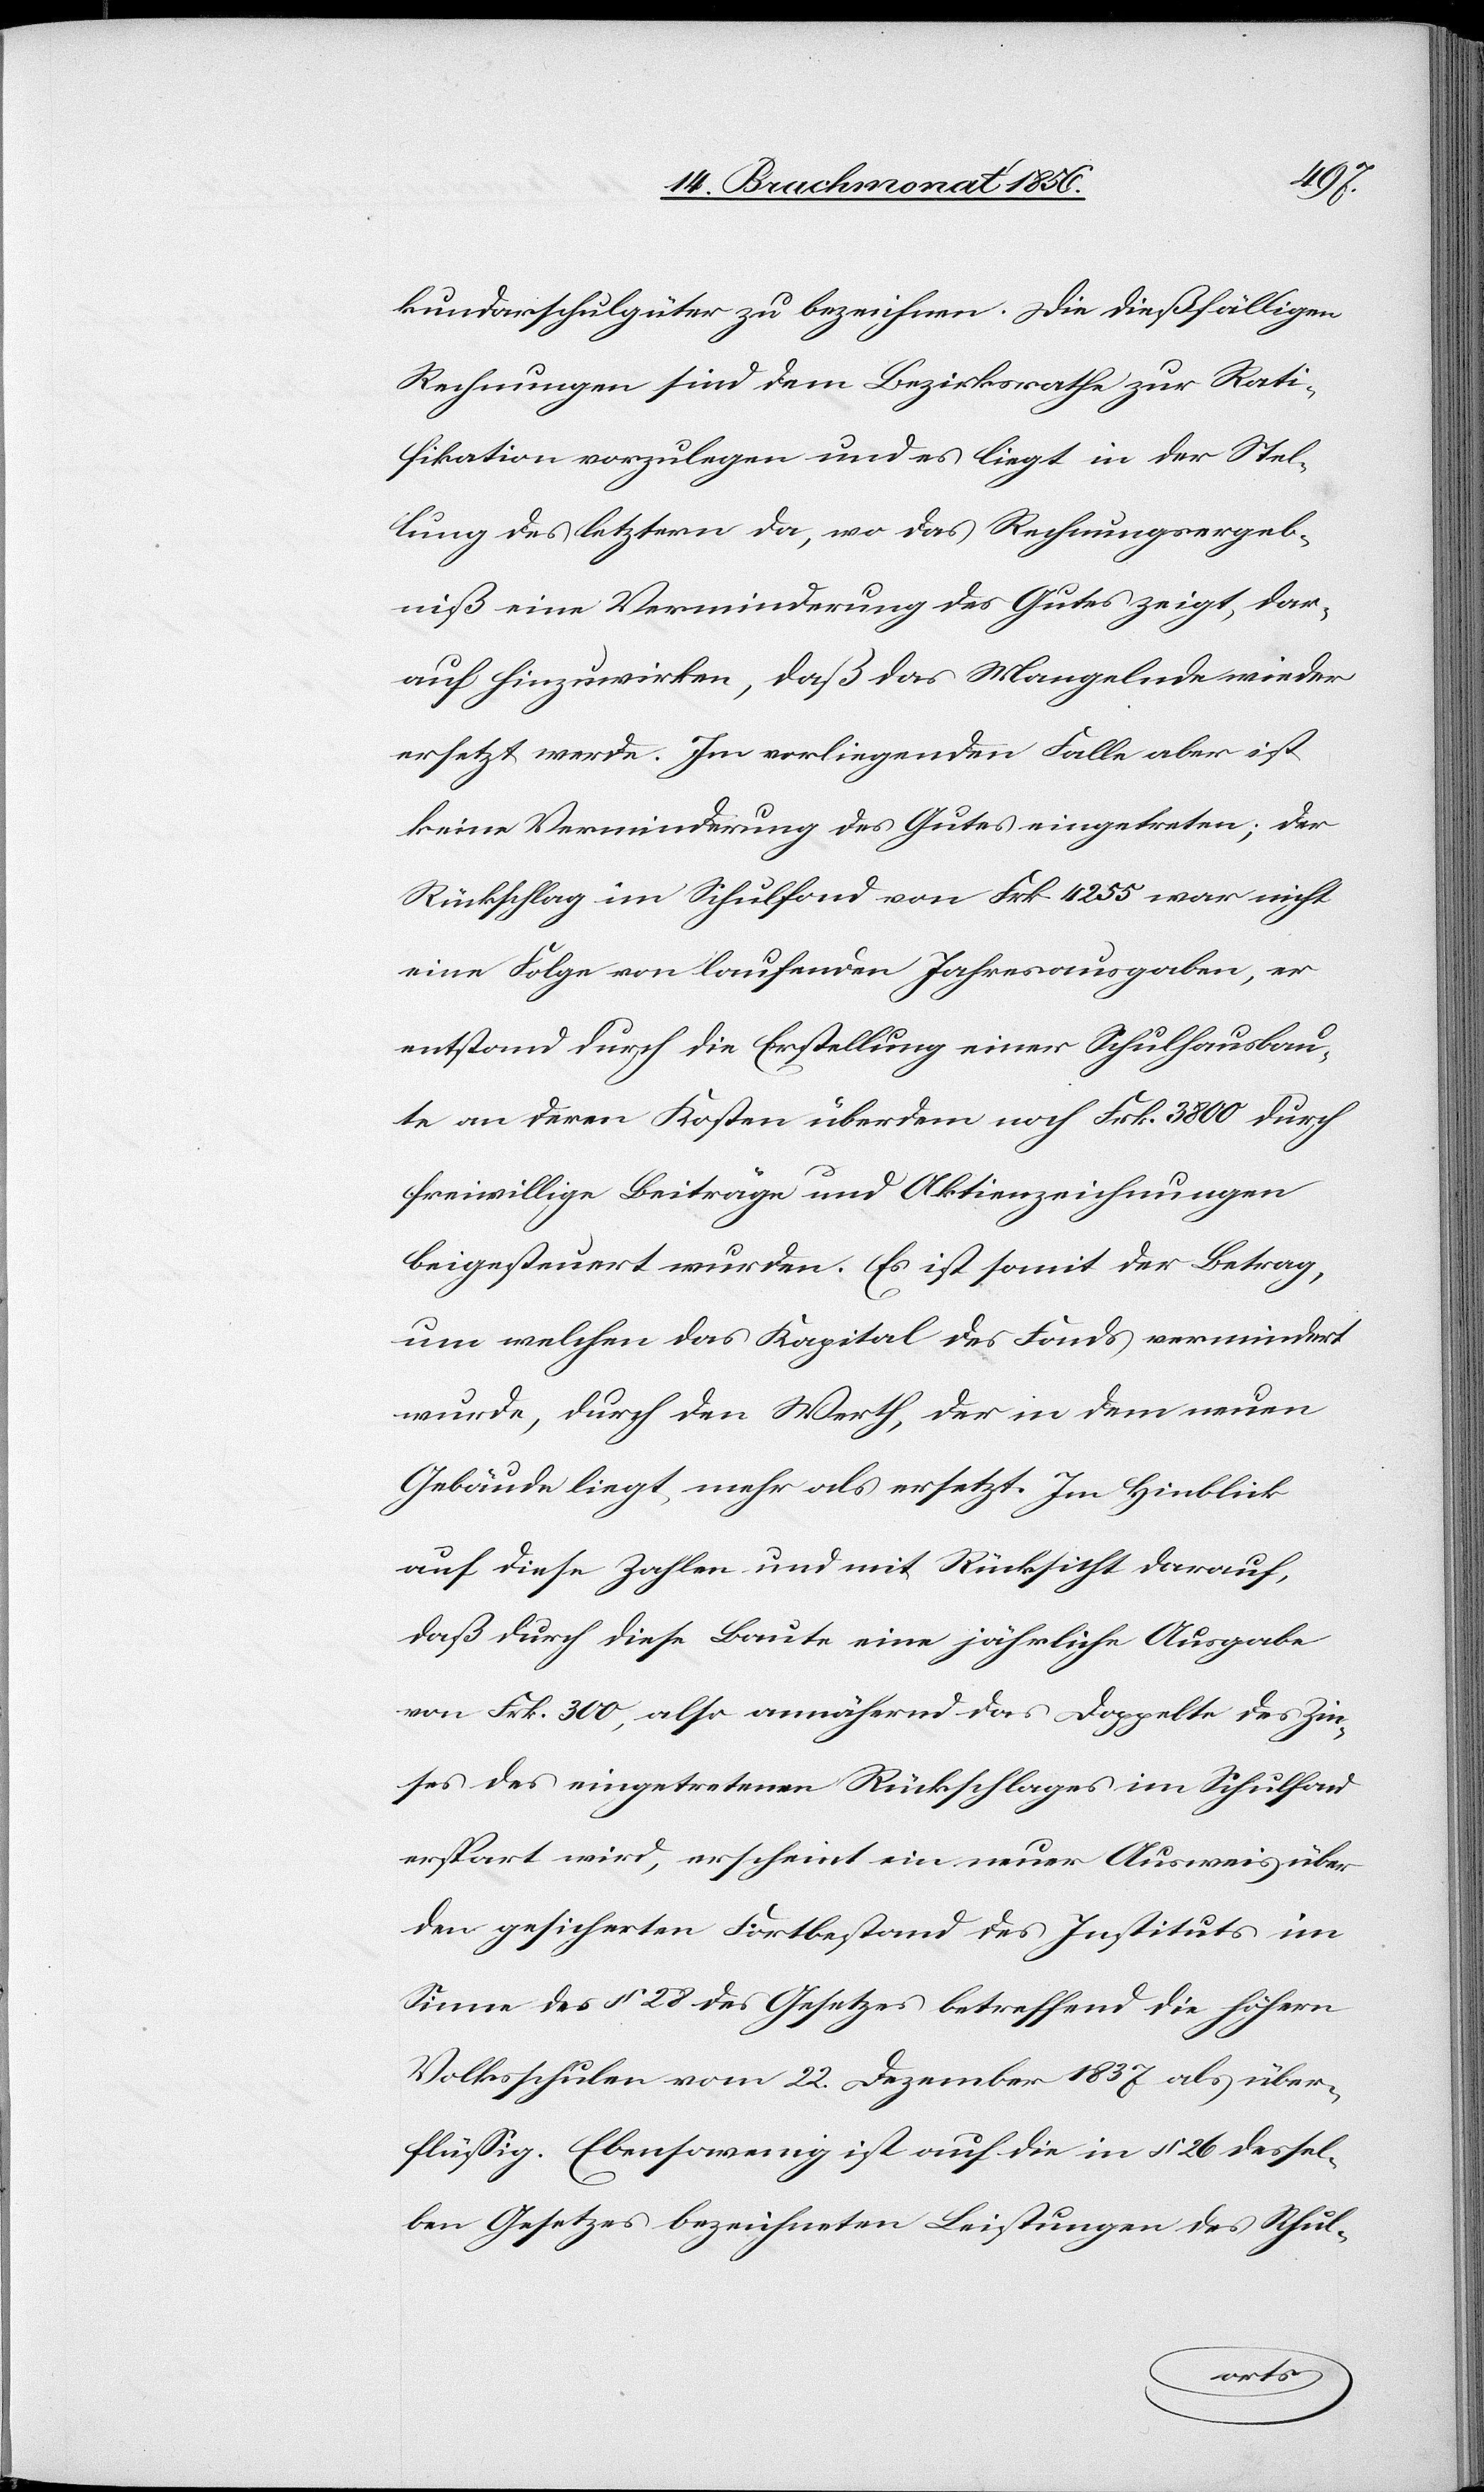
kundarschulgüter zu bezeichnen. Die dießfälligen
Rechnungen sind dem Bezirksrathe zur Rati¬
fikation vorzulegen und es liegt in der Stel¬
lung des letztern da, wo das Rechnungsergeb¬
niß eine Verminderung des Gutes zeigt, dar¬
auf hinzuwirken, daß das Mangelnde wieder
ersetzt werde. Im vorliegenden Falle aber ist
keine Verminderung des Gutes eingetreten; der
Rückschlag im Schulfond von Frk. 4255 war nicht
eine Folge von laufenden Jahresausgaben, er
entstand durch die Erstellung einer Schulhausbau¬
te an deren Kosten überdem noch Frk. 3800 durch
freiwillige Beiträge und Aktienzeichnungen
beigesteuert wurden. Es ist somit der Betrag,
um welchen das Kapital des Fonds vermindert
wurde, durch den Werth, der in dem neuen
Gebäude liegt, mehr als ersetzt. Im Hinblick
auf diese Zahlen und mit Rücksicht darauf,
daß durch diese Baute eine jährliche Ausgabe
von Frk. 300, also annährend das doppelte des Zin¬
ses des eingetretenen Rückschlages im Schulfond
erspart wird, erscheint ein neuer Ausweis über
den gesicherten Fortbestand des Instituts im
Sinne des § 28 des Gesetzes betreffend die höhern
Volksschulen vom 22. Dezember 1837 als über¬
flüssig. Ebensowenig ist auf die in § 26 dessel¬
ben Gesetzes bezeichneten Leistungen des Schul-